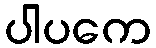
ပါပကေ